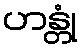
ဟန္တုံ